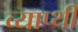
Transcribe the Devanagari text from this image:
व्याप्थी